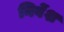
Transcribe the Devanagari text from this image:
निर्वेश